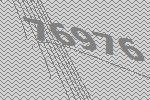
76976